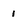
Character: i